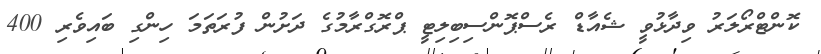
ކޮންޓްރޯލަރު ވިދާޅުވީ ޝެއާޑް ރެސްޕޮންސިބިލިޓީ ޕްރޮގްރާމުގެ ދަށުން ފުރަތަމަ ހިންގި ބައިވެރި 400